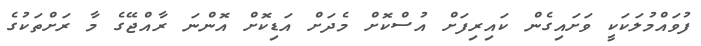
ފުވައްމުލަކަކީ ވަށައިގެން ކައިރިފަށް އުސްކޮށް މެދަށް އަޑިކޮށް އޮންނަ ރާއްޖޭގެ މާ ރަށްތަކުގެ